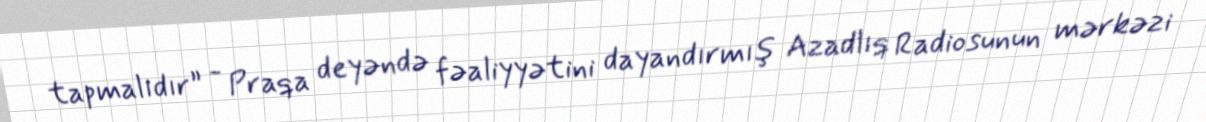
tapmalıdır” - Praqa deyəndə fəaliyyətini dayandırmış Azadlıq Radiosunun mərkəzi